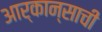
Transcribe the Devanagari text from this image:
आर्कान्साची